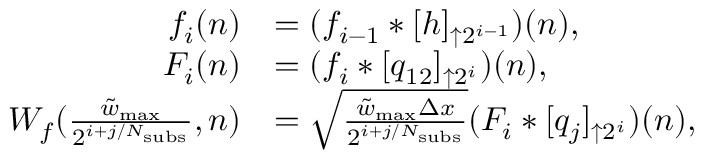
\begin{array} { r l } { f _ { i } ( n ) } & { = ( f _ { i - 1 } * [ h ] _ { \uparrow 2 ^ { i - 1 } } ) ( n ) , } \\ { F _ { i } ( n ) } & { = ( f _ { i } * [ q _ { 1 2 } ] _ { \uparrow 2 ^ { i } } ) ( n ) , } \\ { W _ { f } ( \frac { \tilde { w } _ { \mathrm { m a x } } } { 2 ^ { i + j / N _ { \mathrm { s u b s } } } } , n ) } & { = \sqrt { \frac { \tilde { w } _ { \mathrm { m a x } } \Delta x } { 2 ^ { i + j / N _ { \mathrm { s u b s } } } } } ( F _ { i } * [ q _ { j } ] _ { \uparrow 2 ^ { i } } ) ( n ) , } \end{array}